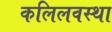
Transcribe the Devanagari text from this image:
कलिलवस्था